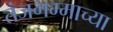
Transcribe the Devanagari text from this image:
तंजगम्माच्या